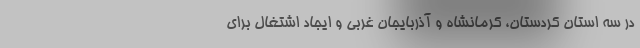
در سه استان كردستان، كرمانشاه و آذربايجان غربي و ايجاد اشتغال براي